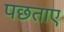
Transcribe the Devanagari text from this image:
पछताए